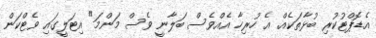
އެޑޮޕްޓުކުރި ބުޅާތަކެއް. އެ ހުރިހާ އެއްވެސް ބަލާނީ ވެސް މަންމަ" އިޓަލީގައި ވެޓްކަން